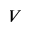
V